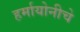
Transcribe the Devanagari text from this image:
हर्मायोनीचे